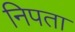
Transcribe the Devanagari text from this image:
निपता